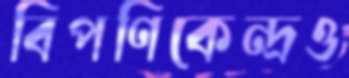
বিপণিকেন্দ্রও